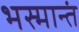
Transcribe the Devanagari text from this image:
भस्मान्तं